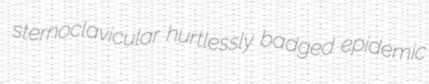
sternoclavicular hurtlessly badged epidemic